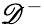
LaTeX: \mathscr{D}^{-}